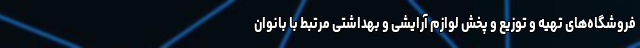
فروشگاه‌های تهیه و توزیع و پخش لوازم آرایشی و بهداشتی مرتبط با بانوان